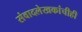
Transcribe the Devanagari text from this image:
संवादलेखकांचीही